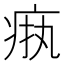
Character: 𬏧